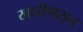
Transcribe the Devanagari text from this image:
खाडीपासून